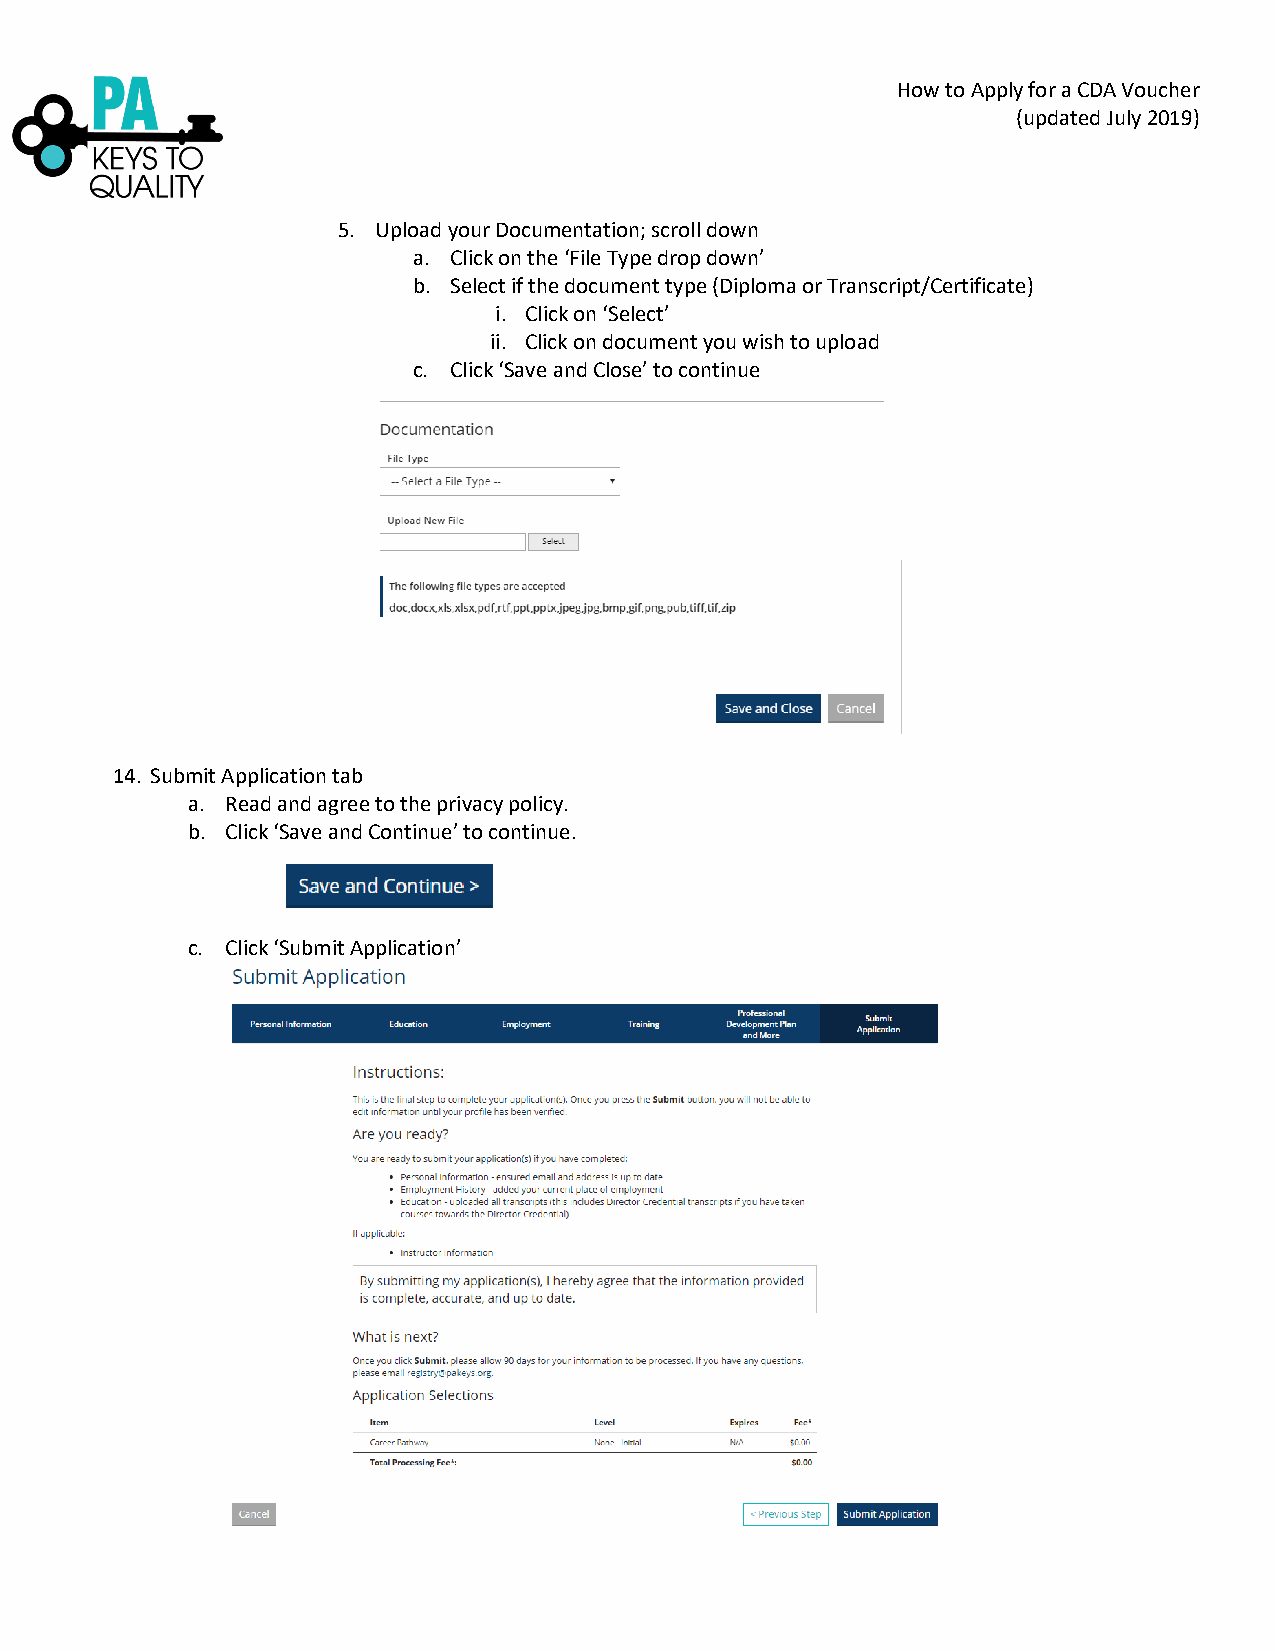
How to Apply for a CDA Voucher
 (updated July 2019)
 5. Upload your Documentation; scroll down
 a. Click on the ‘File Type drop down’
 b. Select if the document type (Diploma or Transcript/Certificate)
 i. Click on ‘Select’
 ii. Click on document you wish to upload
 c. Click ‘Save and Close’ to continue
 14. Submit Application tab
 a. Read and agree to the privacy policy.
 b. Click ‘Save and Continue’ to continue.
 c. Click ‘Submit Application’